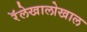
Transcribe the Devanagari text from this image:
रॅलेखालोखाल